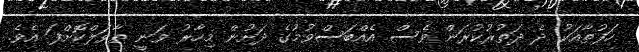
ހަފުތާއަކު ދެ ދަތުރުކުރަން ވެސް އެއްބަސްވުމުގެ ދަށުން މިހާރު ވަނީ ތާވަލްކޮށްފަ އެވެ.